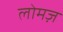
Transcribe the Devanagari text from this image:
लोमज़